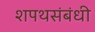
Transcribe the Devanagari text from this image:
शपथसंबंधी